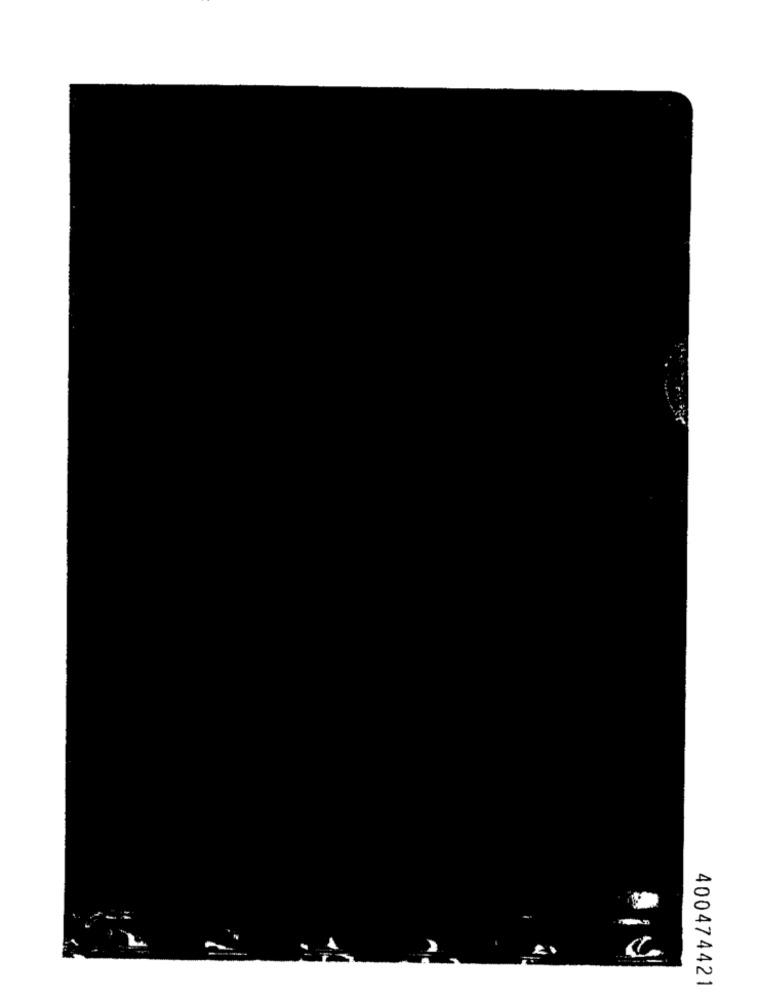
2
400474421